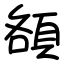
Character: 頟